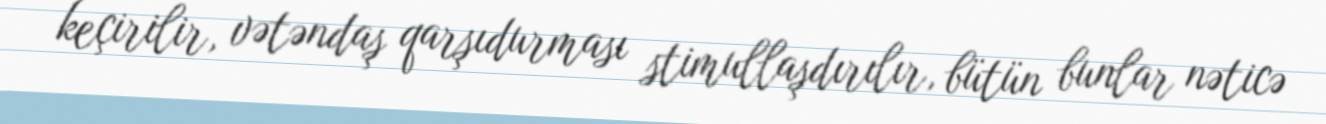
keçirilir, vətəndaş qarşıdurması stimullaşdırılır, bütün bunlar nəticə